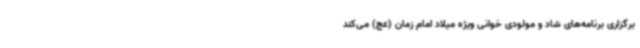
برگزاری برنامه‌های شاد و مولودی خوانی ویژه میلاد امام زمان (عج) می‌کند